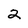
Character: 2